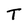
Character: T